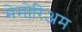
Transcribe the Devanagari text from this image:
मेमोरिअम